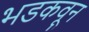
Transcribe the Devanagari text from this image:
भडकवून